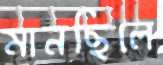
মানছিলে